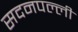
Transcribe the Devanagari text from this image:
सदनपल्ली